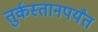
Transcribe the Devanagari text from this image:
तुर्कस्तानपर्यंत